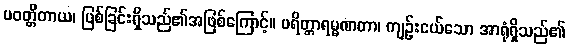
ပဝတ္တိတာယ၊ ဖြစ်ခြင်းရှိသည်၏အဖြစ်ကြောင့်။ ပရိတ္တာရမ္မဏတာ၊ ကျဉ်းငယ်သော အာရုံရှိသည်၏